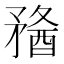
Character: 𥎈